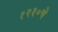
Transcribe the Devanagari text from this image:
१२३०चे